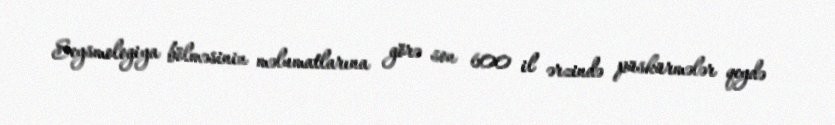
Seysmologiya bölməsinin məlumatlarına görə son 600 il ərzində püskürmələr qeydə